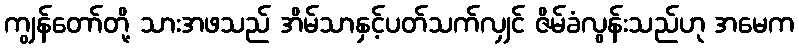
ကျွန်တော်တို့ သားအဖသည် အိမ်သာနှင့်ပတ်သက်လျှင် ဇိမ်ခံလွန်းသည်ဟု အမေက